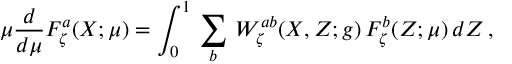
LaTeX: \mu \frac { d } { d \mu } { \cal F } _ { \zeta } ^ { a } ( X ; \mu ) = \int _ { 0 } ^ { 1 } \, \sum _ { b } \, W _ { \zeta } ^ { a b } ( X , Z ; g ) \, { \cal F } _ { \zeta } ^ { b } ( Z ; \mu ) \, d Z \, ,